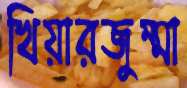
খিয়ারজুম্মা